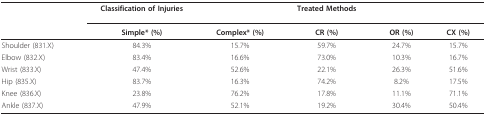
<table><thead><tr><td></td><td><b>Classification of Injuries</b></td><td></td><td><b>Treated Methods</b></td><td></td><td></td></tr><tr><td></td><td><b>Simple* (%)</b></td><td><b>Complex* (%)</b></td><td><b>CR (%)</b></td><td><b>OR (%)</b></td><td><b>CX (%)</b></td></tr></thead><tbody><tr><td>Shoulder (831.X)</td><td>84.3%</td><td>15.7%</td><td>59.7%</td><td>24.7%</td><td>15.7%</td></tr><tr><td>Elbow (832.X)</td><td>83.4%</td><td>16.6%</td><td>73.0%</td><td>10.3%</td><td>16.7%</td></tr><tr><td>Wrist (833.X)</td><td>47.4%</td><td>52.6%</td><td>22.1%</td><td>26.3%</td><td>51.6%</td></tr><tr><td>Hip (835.X)</td><td>83.7%</td><td>16.3%</td><td>74.2%</td><td>8.2%</td><td>17.5%</td></tr><tr><td>Knee (836.X)</td><td>23.8%</td><td>76.2%</td><td>17.8%</td><td>11.1%</td><td>71.1%</td></tr><tr><td>Ankle (837.X)</td><td>47.9%</td><td>52.1%</td><td>19.2%</td><td>30.4%</td><td>50.4%</td></tr></tbody></table>